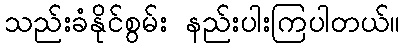
သည်းခံနိုင်စွမ်း နည်းပါးကြပါတယ်။